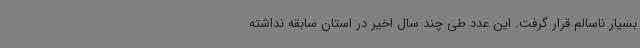
بسیار ناسالم قرار گرفت. این عدد طی چند سال اخیر در استان سابقه نداشته